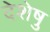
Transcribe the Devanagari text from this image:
देशेषु